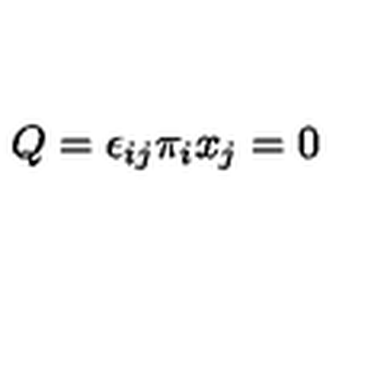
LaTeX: Q = \epsilon _ { i j } \pi _ { i } x _ { j } = 0